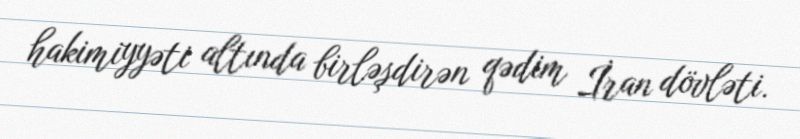
hakimiyyəti altında birləşdirən qədim İran dövləti.